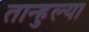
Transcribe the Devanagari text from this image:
तान्हुल्या